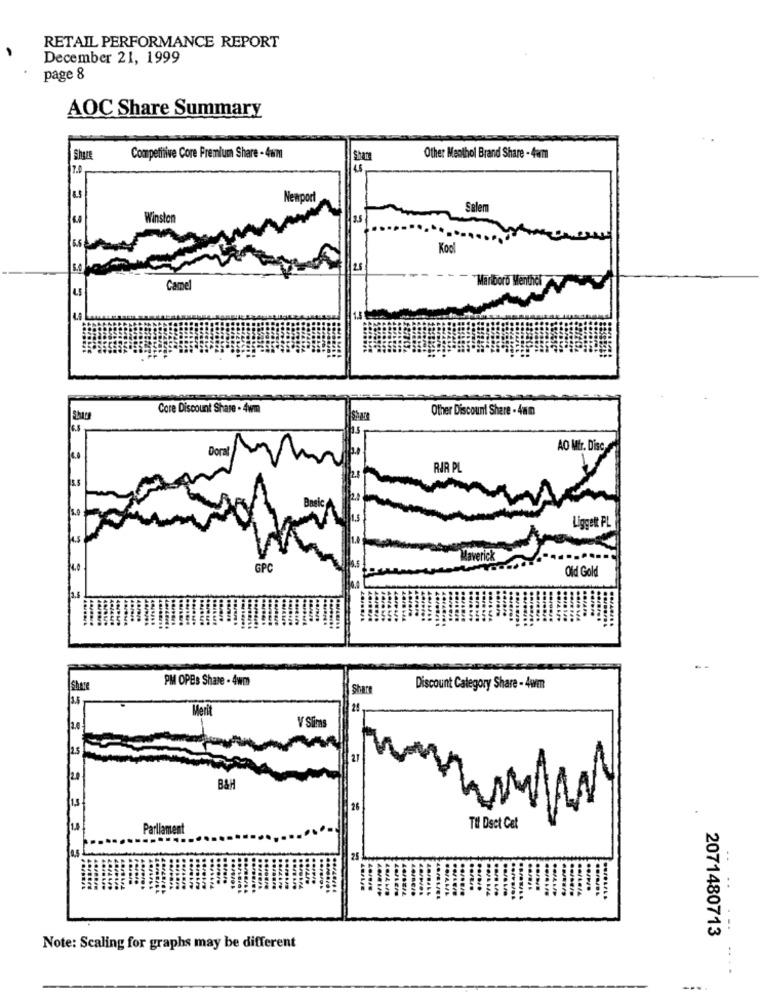
RETAIL PERFORMANCE REPORT
December 21, 1999
page 8
AOC Share Summary
Competitive Core Premium Share - 4um
Other Menthol Brand Share - 4am
7.0
Newport
Salem
Winston
Kool
25
Marlboro Menthol
Camel
Core Discount Share . 4wm
Other Discount Share - 4am
Doral
AO Mir. Disc
RIR PL
Liggett FL
GPC
Old Gold
PM OPEs Share - 4wm
Share
Discount Category Share - 4wm
Merit
V Slims
2.5
27
B&H
26
Parliament
TU Dsct Cet
25-
2071480713
Note: Scaling for graphs may be different
....
....